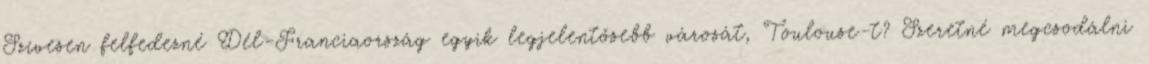
Szívesen felfedezné Dél-Franciaország egyik legjelentősebb városát, Toulouse-t? Szeretné megcsodálni